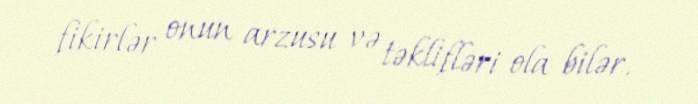
fikirlər onun arzusu və təklifləri ola bilər.